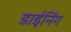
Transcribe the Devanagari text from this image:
डाईनिंग